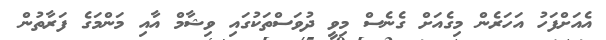
އެއަށްފަހު އަހަރެން މިގެއަށް ގެނެސް މިވީ ދުވަސްތަކުގައި ވިޝާމް އާއި މަންމަގެ ފަރާތުން